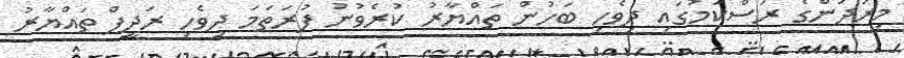
މިރަދުންގެ ރަސްކަމުގައި ދިވެހި ބަހުން ތައްޔާރު ކުރެވުނު ފުރަތަމަ ދިވެހި ރަދީފް ތައްޔާރު